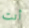
أنت